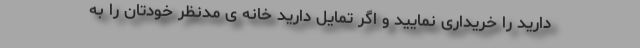
دارید را خریداری نمایید و اگر تمایل دارید خانه ی مدنظر خودتان را به